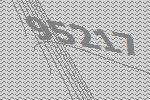
95217